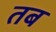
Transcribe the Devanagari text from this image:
तब